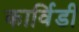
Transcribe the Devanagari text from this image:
कार्विडी